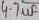
Text: 4.7uf